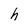
Character: h